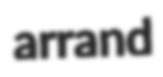
arrand